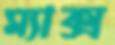
ম্যাক্স